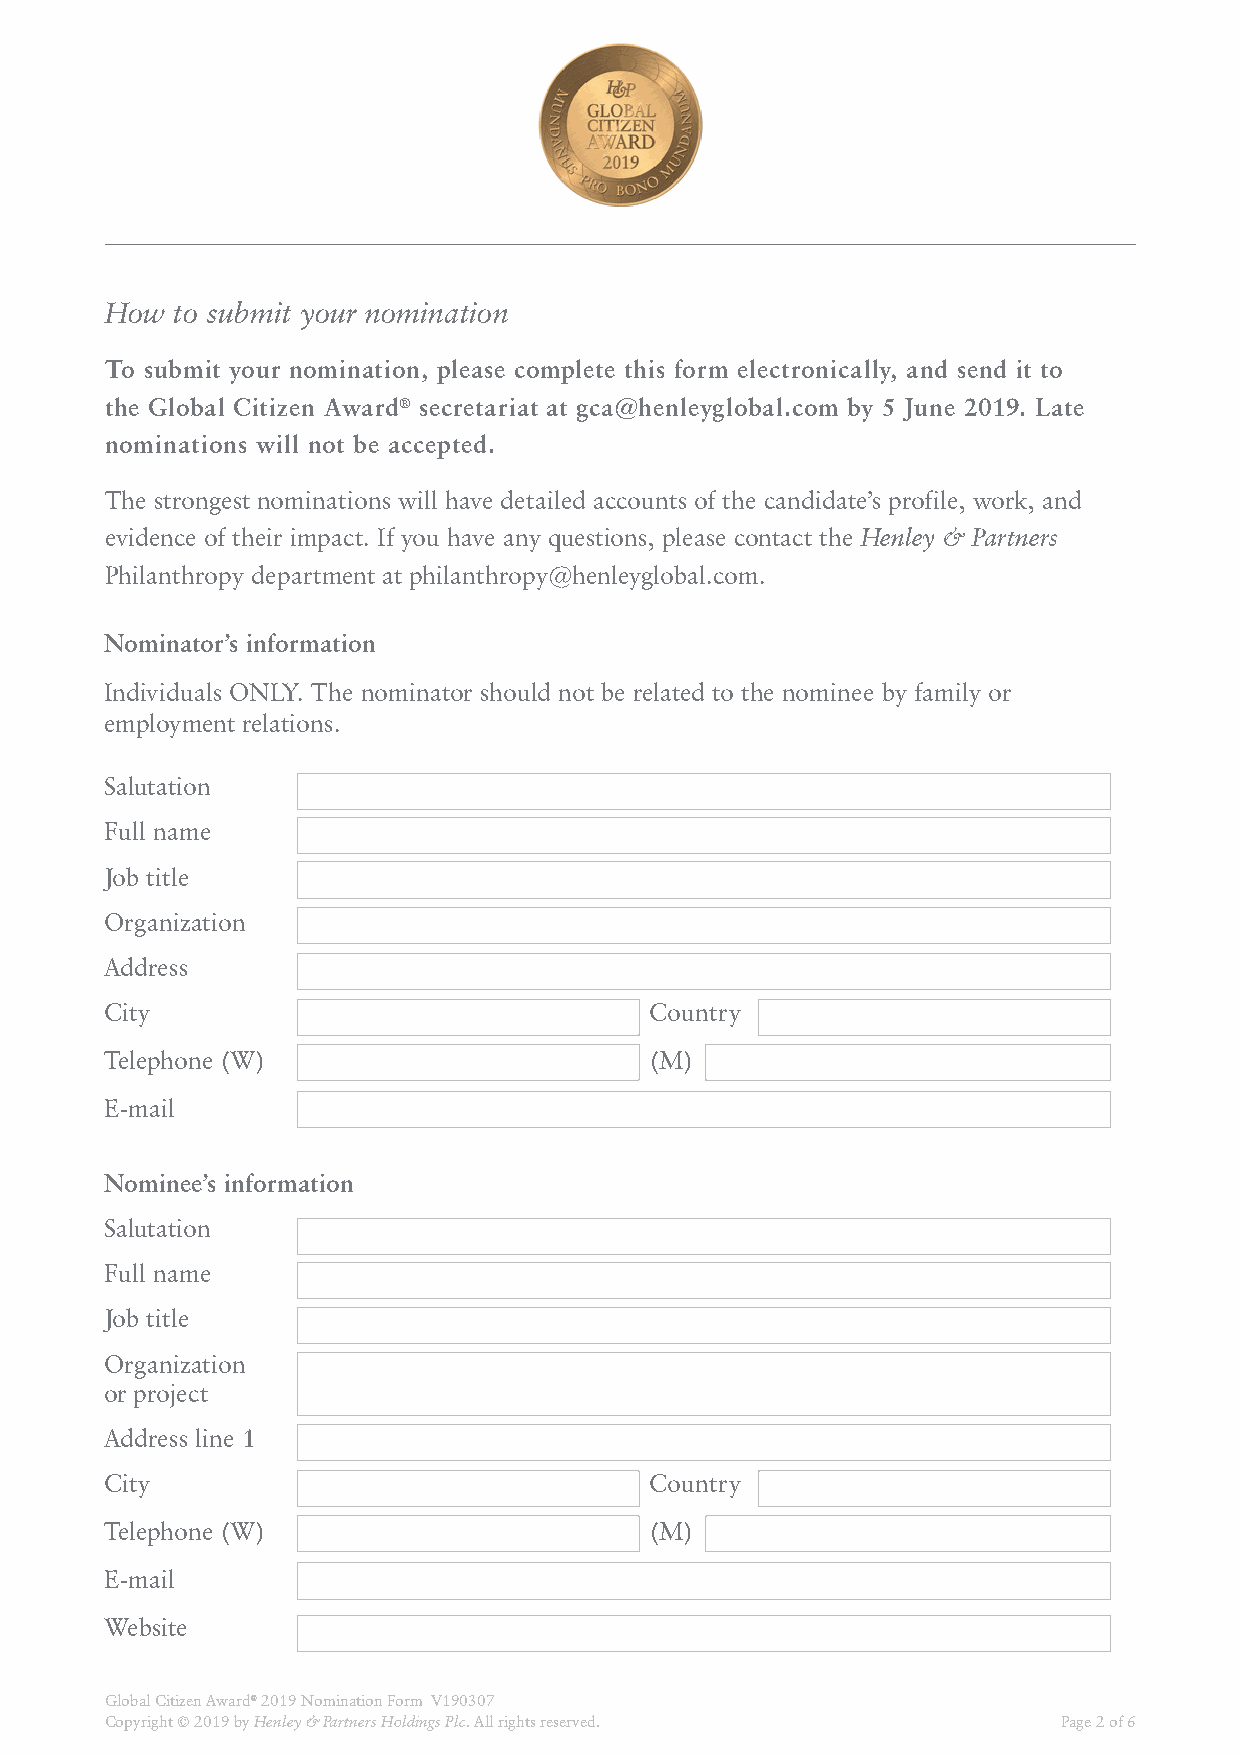
How  to submit your nomination
 To submit your nomination, please complete this form electronically, and send it to
 the Global Citizen Award® secretariat at gca@henleyglobal.com by 5 June 2019. Late
 nominations will not be accepted.
 The strongest nominations will have detailed accounts of the candidate’s profile, work, and
 evidence of their impact. If you have any questions, please contact the Henley & Partners
 Philanthropy department at philanthropy@henleyglobal.com.
 Nominator’s information
 Individuals ONLY. The nominator should not be related to the nominee by family or
 employment relations.
 Salutation
 Full name
 Job title
 Organization
 Address
 City                                Country
 Telephone (W)                       (M)
 E-mail
 Nominee’s information
 Salutation
 Full name
 Job title
 Organization
 or project
 Address line 1
 City                                Country
 Telephone (W)                       (M)
 E-mail
 Website
 Global Citizen Award® 2019 Nomination Form V190307
 Copyright © 2019 by Henley & Partners Holdings Plc. All rights reserved. Page 2 of 6